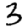
Digit: 3